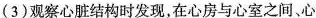
(3)观察心脏结构时发现，在心房与心室之间、心